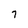
Character: 7